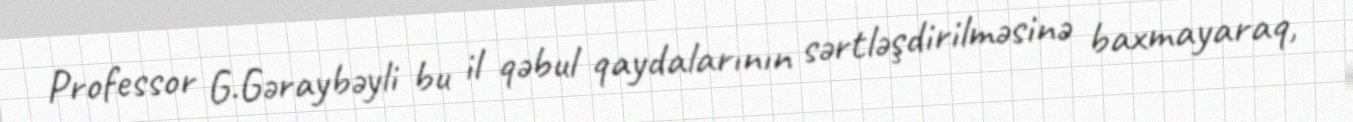
Professor G.Gəraybəyli bu il qəbul qaydalarının sərtləşdirilməsinə baxmayaraq,